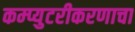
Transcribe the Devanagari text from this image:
कम्प्युटरीकरणाचा